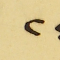
٢٤